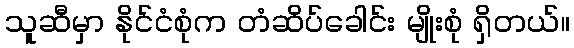
သူဆီမှာ နိုင်ငံစုံက တံဆိပ်ခေါင်း မျိုးစုံ ရှိတယ်။